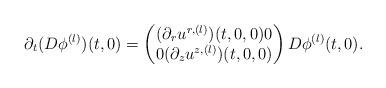
LaTeX: \begin{align*}\partial_t (D \phi^{(l)})(t,0) =\begin{pmatrix}(\partial_r u^{r,(l)} )(t,0,0) 0\\0 (\partial_z u^{z,(l)} )(t,0,0)\end{pmatrix} D\phi^{(l)}(t,0).\end{align*}